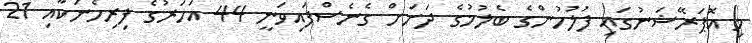
މި އޮޕަރޭޝަނުގައި ފުލުހުންގެ ބެލުމުގެ ދަށަށް ގެނެސްފައިވަނީ 44 އަހަރުގެ ފިރިހެނަކާއި 21